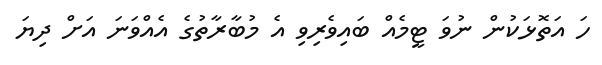
ހަ އަތޮޅަކުން ނުވަ ޓީމެއް ބައިވެރިވި އެ މުބާރާތުގެ އެއްވަނަ އަށް ދިޔަ